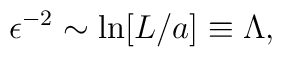
\epsilon^{-2} \sim \ln [L/a] \equiv \Lambda,